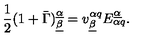
{ \frac { 1 } { 2 } } ( 1 + \bar { \Gamma } ) _ { \underline { \beta } } ^ { \underline { \alpha } } = v _ { \underline { \beta } } ^ { \alpha q } E _ { \alpha q } ^ { \underline { \alpha } } .